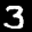
Label: 3